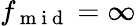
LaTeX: f_{\mathrm{~m~i~d~}}=\infty